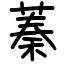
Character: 蓁